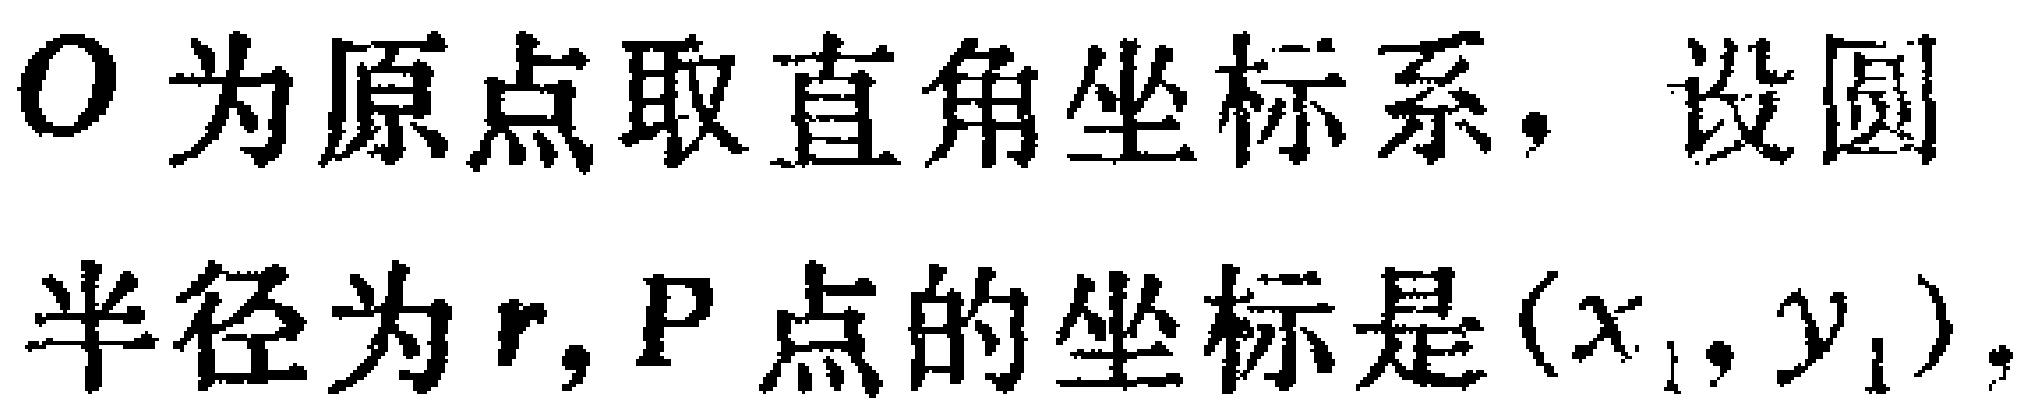
$O$为原点取直角坐标系，设圆半径为$r$, $P$点的坐标是$(x_{1},y_{1})$，